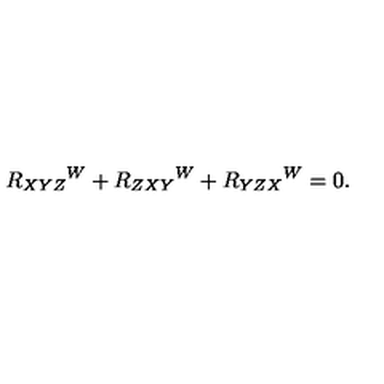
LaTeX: R _ { X Y Z } { } ^ { W } + R _ { Z X Y } { } ^ { W } + R _ { Y Z X } { } ^ { W } = 0 .